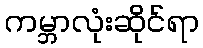
ကမ္ဘာလုံးဆိုင်ရာ